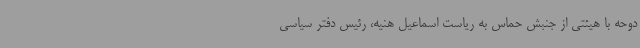
دوحه با هیئتی از جنبش حماس به ریاست اسماعیل هنیه، رئیس دفتر سیاسی